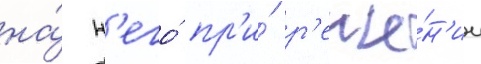
на́ н'его́ пр'и́ р'еше́н'ии